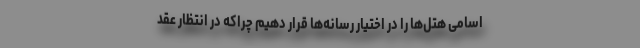
اسامی هتل‌ها را در اختیار رسانه‌ها قرار دهیم چراکه در انتظار عقد